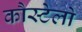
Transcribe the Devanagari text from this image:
कौस्टेलो